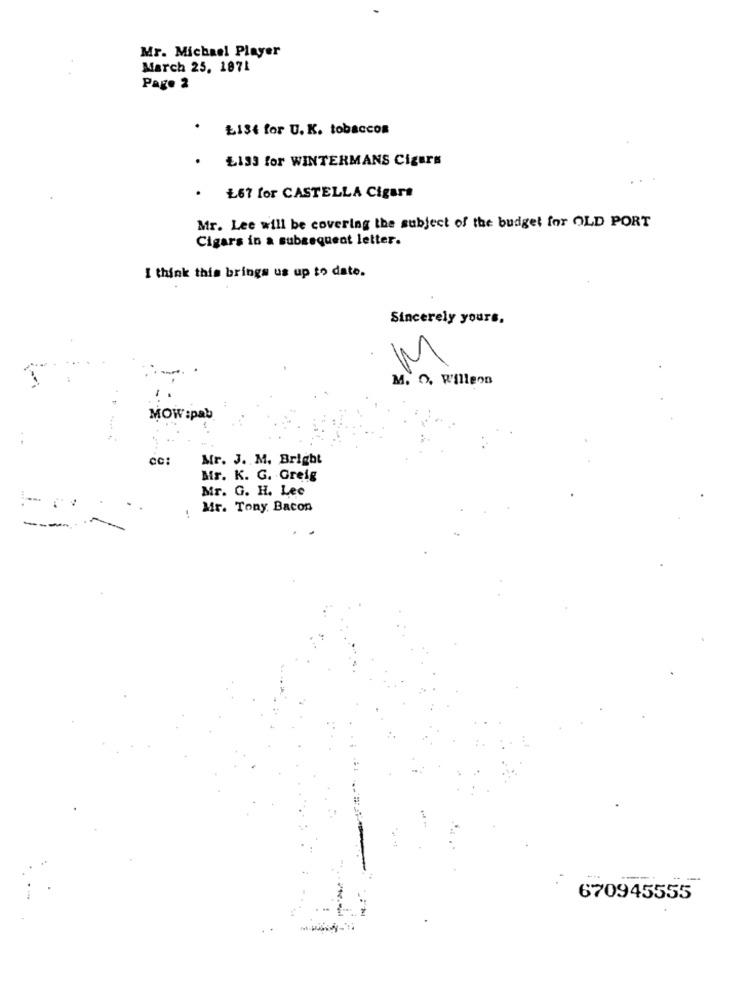
Mr. Michael Player
March 25, 1871
Page 2
Łist for U.K. tobaccon
L133 for WINTERMANS Cigars
Ł67 for CASTELLA Cigars
Mr. Lee will be covering the subject of the budget for OLD PORT
Cigars in a subsequent letter.
I think this brings us up to date.
Sincerely yours.
M
M. O. R'illeon
MOW :pab
Cc:
Mr. J. M. Bright
Mr. K. G. Greig
Mr. G. H. Lee
Mr. Tony. Bacon
---
670945555